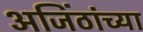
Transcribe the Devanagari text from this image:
अजिंठांच्या